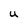
Character: U